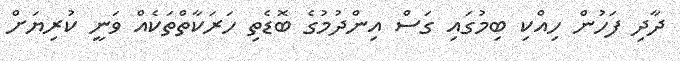
ދާދި ފަހުން ހިއްކި ބިމުގައި ގަސް އިންދުމުގެ ބޮޑެތި ހަރަކާތްތަކެއް ވަނީ ކުރިޔަށް